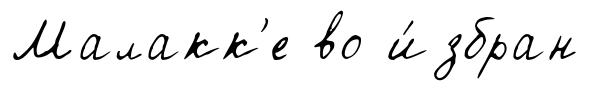
Малакк'е во и́збран